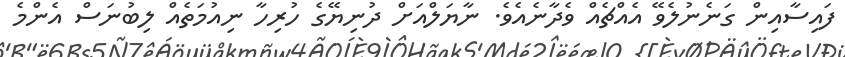
ފައިސާއިން ގަނެނުލެވޭ އެއްޗެއް ވެދާނެއެވެ. ނާޔަލްއަށް ދުނިޔޭގެ ހުރިހާ ނިއުމަތެއް ލިބުނަސް އެންމެ